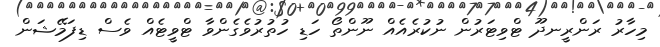
މިހާރު ރަންރީނދޫ ޓްވިޓަރުން ނުކުރެއެއް ނޫންތޯ ހަޑި ހުތުރުވެގެންވާ ޓްވީޓެއް ވެސް ޑިފަމޭޝަން